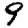
Digit: 9